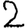
Digit: 2